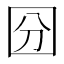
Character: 𡇇